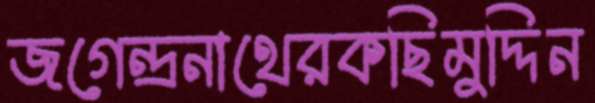
জগেন্দ্রনাথেরকছিমুদ্দিন